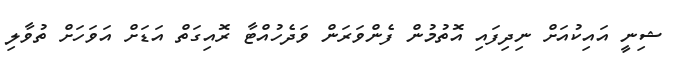
ޝިނީ އައިކުއަށް ނިދިފައި އޮތުމުން ފެންވަރަން ވަދެހުއްޓާ ރޮއިގަތް އަޑަށް އަވަހަށް ތުވާލި